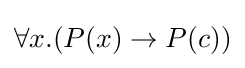
\forall x.(P(x)\to P(c))